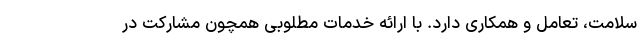
سلامت، تعامل و همکاری دارد. با ارائه خدمات مطلوبی همچون مشارکت در